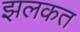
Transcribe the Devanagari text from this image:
झलकत